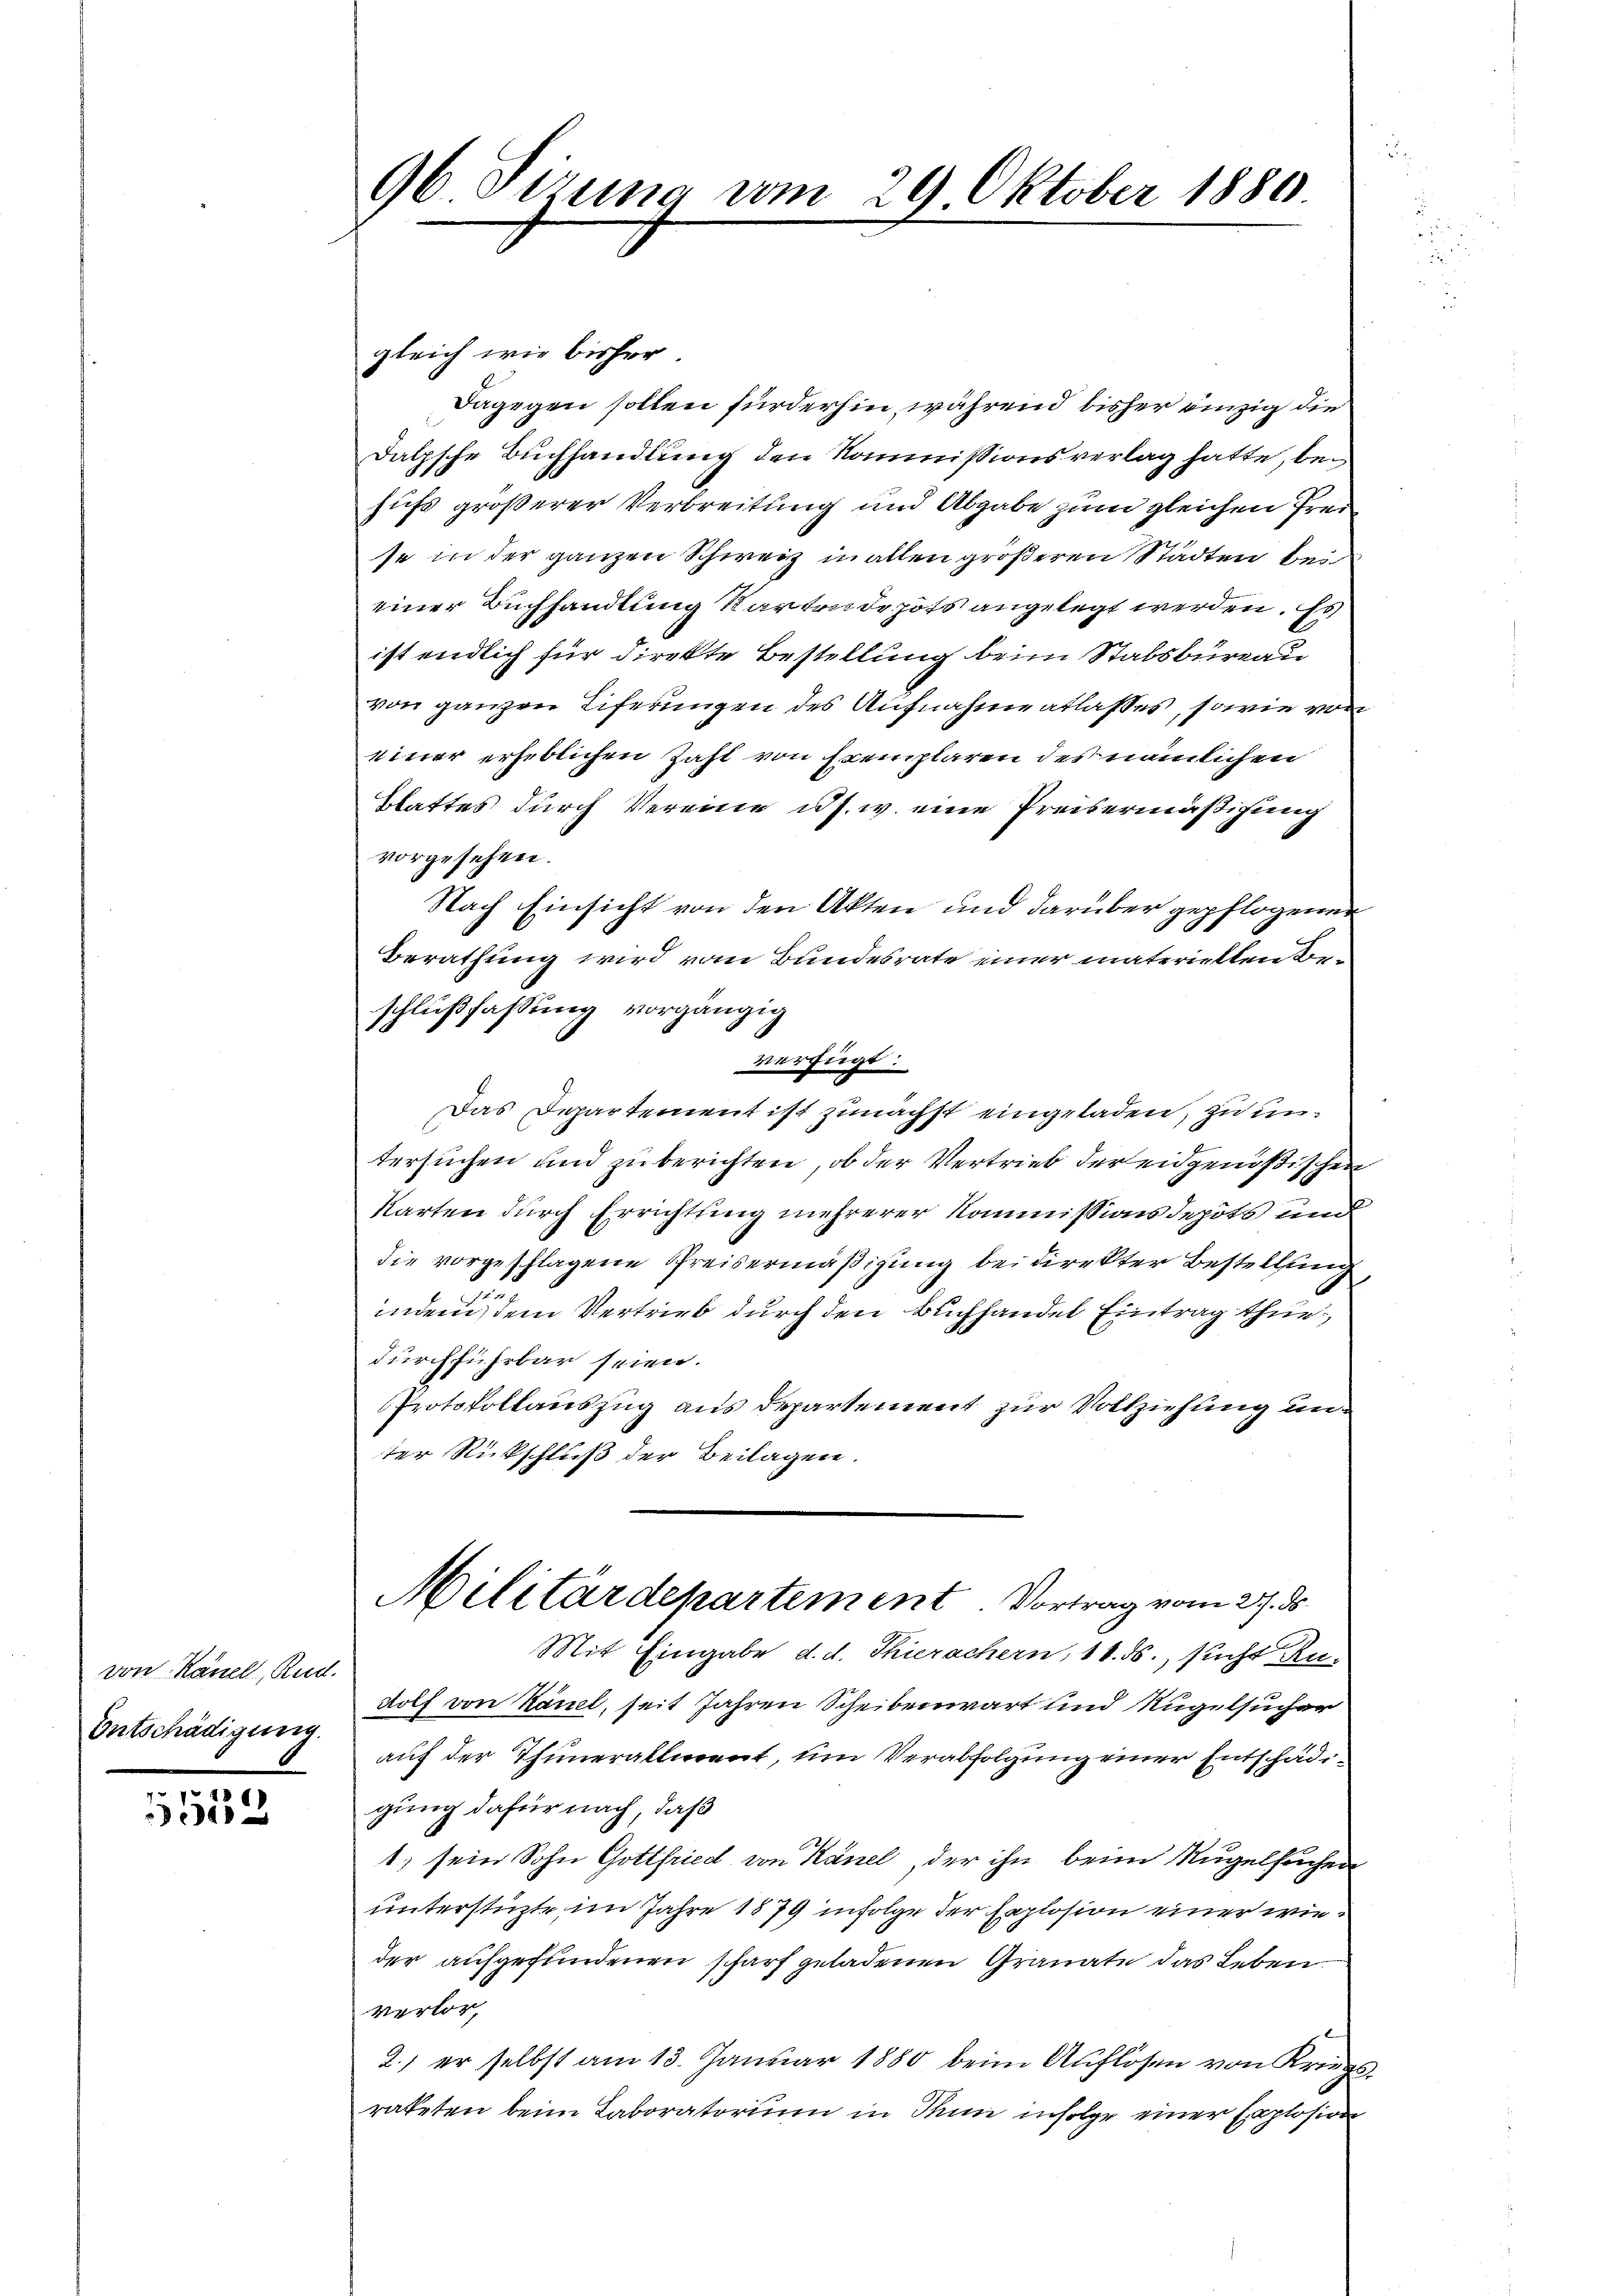
von Känell, Rud.
Entschädigung.

1512

96. Sirung vom 29 Oktober 1880

gleich wie bisher
dagegen sollen fürderhin, während bisher einzig die
dalpsche Buchhandlung den Kommissionsverlag hatte, behufs größerer Verbreitung und Abgabe zum gleichen Prei
se in der ganzen Schweiz in allen größeren Städten bei
einer Buchhandlung Kartendepots angelegt werden. Es
ist endlich für direkte Bestellung beim Stabsbureau
von ganzen Eiferungen des Aufnahmentlasses, sowie von
einer erheblichen Zahl von Exemplaren des nämlichen
Blattes durch Vereine u. s. w. eine Preisermäßigung
vorgesehen.
Nach Einsicht von den Akten und darüber gepflogenen
Berathung wird vom Bundesrate einer materiellen Beschlußfassung vorgängig
verfügt:
Das Departement ist zunächst eingeladen, zu untersuchen und zu berichten, ob der Vertrieb der eidgenößischen
Karten durch Errichtung mehrerer Kommissionsdepots und
die vorgeschlagene Preisermäßigung bei direkter Bestellung
inden, dem Vertrieb durch den Buchhandel Eintrag thue
durchführbar seien.
Protokollauszug aus Departement zur Vollziehung un
ter Rückschluß der Beilagen.
Militärdepartement. Vortrag vom 27. ds.
Mit Eingabe d. d. Thierachern, 11. ds. sucht Rudolf von Känel, seit Jahren Scheibenwart und Rugelsucher
auf der Thunerallment, um Verabfolgung einer Entschädigung dafür nach, daß
1) sein Sohn Gottfried von Känel, der ihn beim Nugelsuchen
unterstüzte im Jahre 1879 infolge der Explosion einer wieder aufgefundenen Scharf geladenen Granate das Leben.
verlor,
2.) er selbst am 13. Januar 1880 beim Auflösen von Krieg
rateten beim Laboratorium in denn infolge einer Explosion